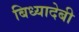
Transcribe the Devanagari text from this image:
बिध्यादेबी